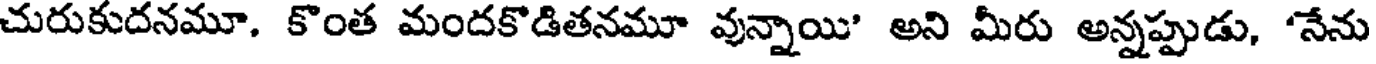
చురుకుదనమూ, కొంత మందకొడితనమూ వున్నాయి' అని మీరు అన్నప్పుడు, "నేను